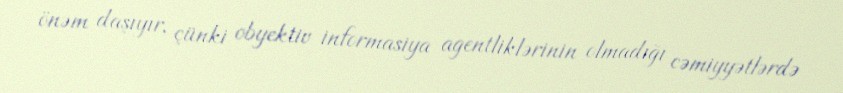
önəm daşıyır, çünki obyektiv informasiya agentliklərinin olmadığı cəmiyyətlərdə